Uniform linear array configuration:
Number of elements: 12
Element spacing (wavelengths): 0.25
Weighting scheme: binomial
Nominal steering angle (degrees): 15
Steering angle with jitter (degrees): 13.708
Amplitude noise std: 0.05
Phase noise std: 0.05

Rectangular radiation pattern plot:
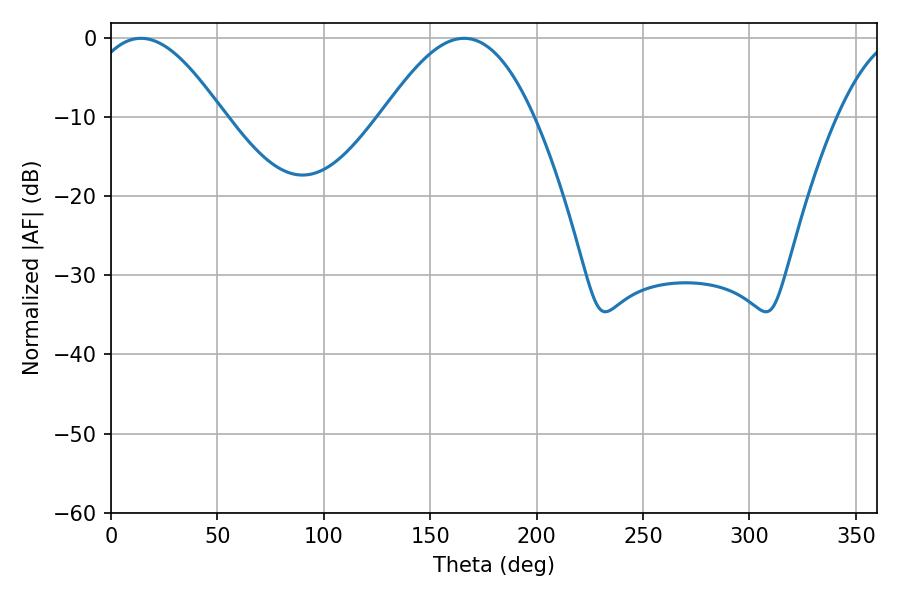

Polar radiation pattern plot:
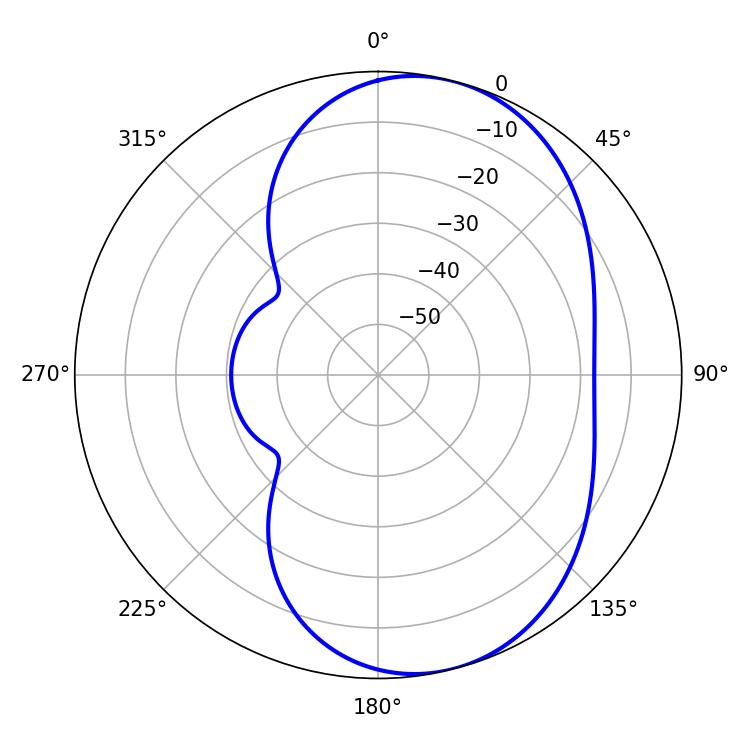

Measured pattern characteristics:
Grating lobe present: FALSE
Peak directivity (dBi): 6.87
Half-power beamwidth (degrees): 34.2
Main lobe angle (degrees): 14.04